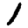
Digit: 1